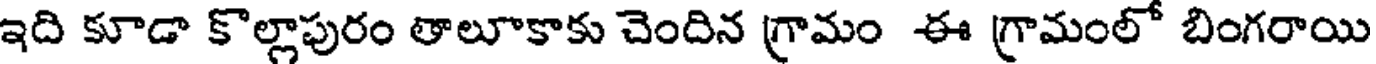
ఇది కూడా కొల్లాపురం తాలూకాకు చెందిన గ్రామం ఈ గ్రామంలో బింగరాయి